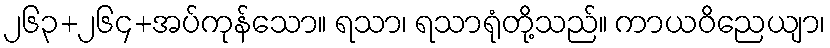
၂၆၃+၂၆၄+အပ်ကုန်သော။ ရသာ၊ ရသာရုံတို့သည်။ ကာယဝိညေယျာ၊